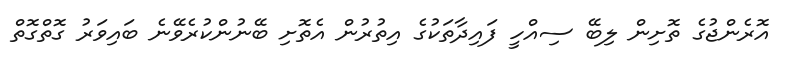
އޮރެންޖުގެ ތޮށިން ލިބޭ ސިއްހީ ފައިދާތަކުގެ އިތުރުން އެތޮށި ބޭނުންކުރެވޭނެ ބައިވަރު ގޮތްގޮތް